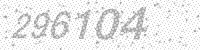
Solution: 296104